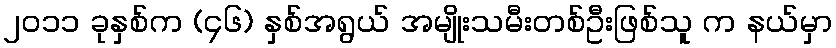
၂၀၁၁ ခုနှစ်က (၄၆) နှစ်အရွယ် အမျိုးသမီးတစ်ဦးဖြစ်သူ က နယ်မှာ